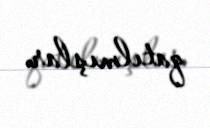
qatılmışlar.